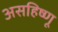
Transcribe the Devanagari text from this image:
असहिष्णू